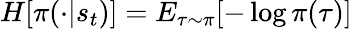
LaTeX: H[\pi(\cdot|s_{t})]=E_{\tau\sim\pi}[-\log\pi(\tau)]